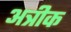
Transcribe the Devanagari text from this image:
अत्रीक